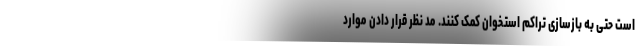
است حتی به بازسازی تراکم استخوان کمک کنند. مد نظر قرار دادن موارد